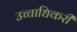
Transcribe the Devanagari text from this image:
उच्चाधिकरी